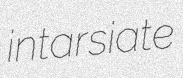
intarsiate